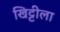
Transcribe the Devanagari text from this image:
खिट्टीला